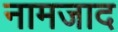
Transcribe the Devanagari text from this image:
नामजाद